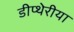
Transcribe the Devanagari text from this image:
डीप्थेरीया